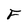
Character: F